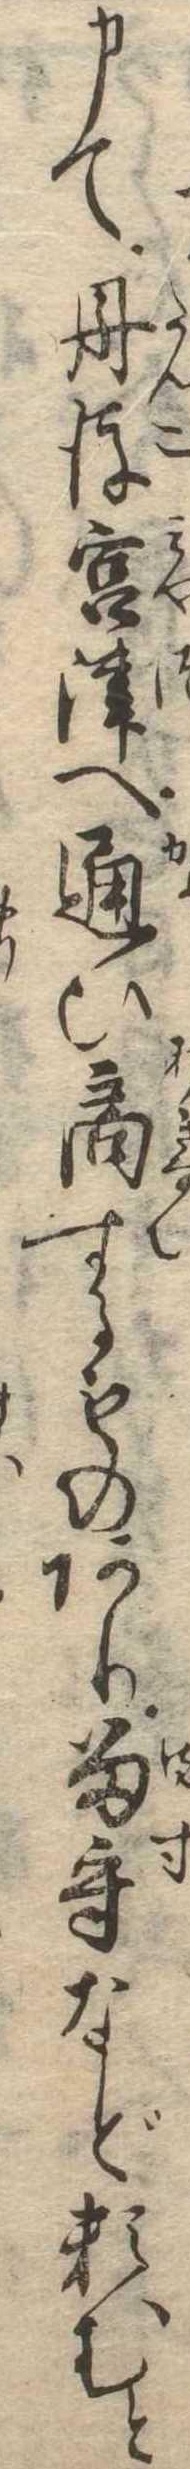
申て丹後宮津へ通ひ商するものあり留守など頼むと